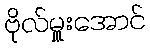
ဗိုလ်မှူးအောင်